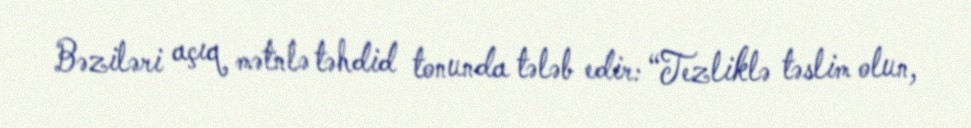
Bəziləri açıq mətnlə təhdid tonunda tələb edir: “Tezliklə təslim olun,